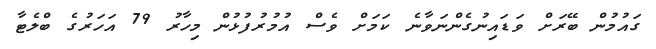
ގައުމުން ބޭރަށް ވަޑައިނުގެންނަވާނެ ކަމަށް ވެސް އުމުރުފުޅުން މިހާރު 79 އަހަރުގެ ބްލެޓާ